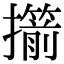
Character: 擶